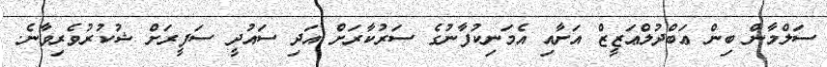
ސަލްމާން ބިން ޢަބްދުލްޢަޒީޒް އަށާއި އެމަނިކުފާނުގެ ސަރުކާރަށް އަދި ސައުދީ ސަފީރަށް ޝުކުރުވެރިވާނެ.